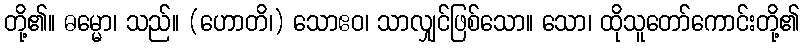
တို့၏။ ဓမ္မော၊ သည်။ (ဟောတိ၊) သောဧဝ၊ သာလျှင်ဖြစ်သော။ သော၊ ထိုသူတော်ကောင်းတို့၏